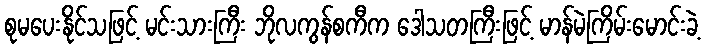
စုမပေးနိုင်သဖြင့် မင်းသားကြီး ဘိုလကွန်စကီက ဒေါသတကြီးဖြင့် မာန်မဲကြိမ်းမောင်းခဲ့